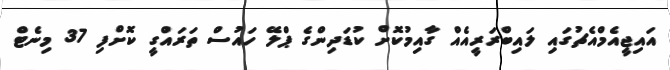
އައިޖީއެމްއެޗުގައި ލައިބްރަރީއެއް ގާއިމުކޮށް ކުޑަދިންގެ ޕްލޭ ހައުސް ތަރައްގީ ކޮށްފި 37 މިނެޓް